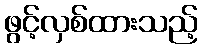
ဖွင့်လှစ်ထားသည့်